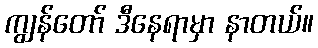
ကျွန်တော် ဒီနေရာမှာ နာတယ်။